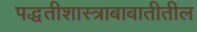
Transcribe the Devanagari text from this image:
पद्धतीशास्त्राबाबातीतील